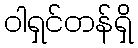
ဝါရှင်တန်ရှိ